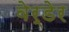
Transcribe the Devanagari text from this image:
वेर्डेर